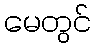
မေတွင်